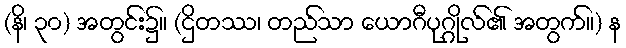
(နိ၊ ၃၀) အတွင်း၌။ (ဌိတဿ၊ တည်သာ ယောဂီပုဂ္ဂိုလ်၏ အတွက်။) န